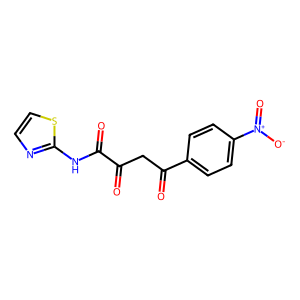
SMILES: O=C(CC(=O)c1ccc([N+](=O)[O-])cc1)C(=O)Nc1nccs1
Inhibits HIV replication: No